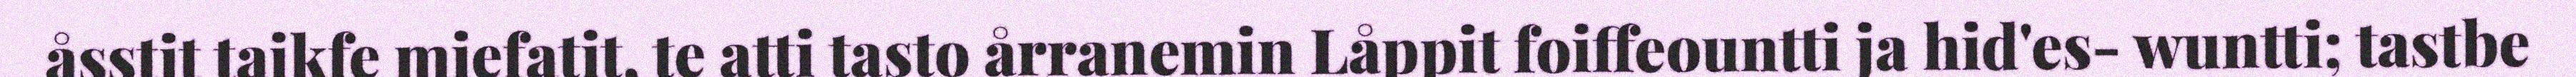
åsstit taikfe miefatit, te atti tasto årranemin Låppit foiffeountti ja hid'es- wuntti; tastbe